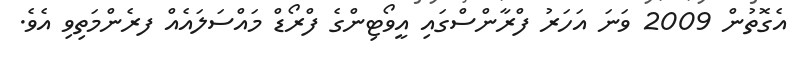
އެގޮތުން 2009 ވަނަ އަހަރު ފްރާންސްގައި އީވޯޓިންގެ ފްރޯޑް މައްސަލައެއް ފރެންމަތިވި އެވެ.